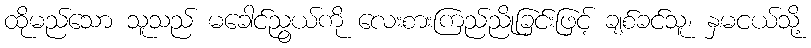
ထိုမည်သော သူသည် မခေါင်ညွယ်ကို လေးစားကြည်ညိုခြင်းဖြင့် ချစ်ခင်သူ၊ နှမငယ်သို့